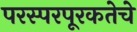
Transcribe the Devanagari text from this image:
परस्परपूरकतेचे